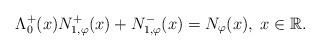
\begin{align*}\Lambda^{+}_{0}(x) N_{1,\varphi}^{+}(x) + N_{1,\varphi}^{-}(x) = N_{\varphi}(x), \; x\in {\mathbb R}.\end{align*}